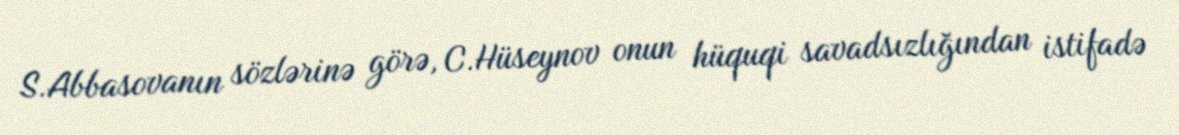
S.Abbasovanın sözlərinə görə, C.Hüseynov onun hüquqi savadsızlığından istifadə